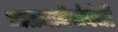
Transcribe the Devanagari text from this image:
मालमत्तेसंबंधी